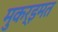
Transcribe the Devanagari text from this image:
मुकर्‍इमत